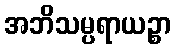
အဘိသမ္ပရာယဉ္စာ